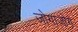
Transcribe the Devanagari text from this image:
जोगाजोग